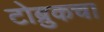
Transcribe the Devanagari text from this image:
टोब्रुकचा